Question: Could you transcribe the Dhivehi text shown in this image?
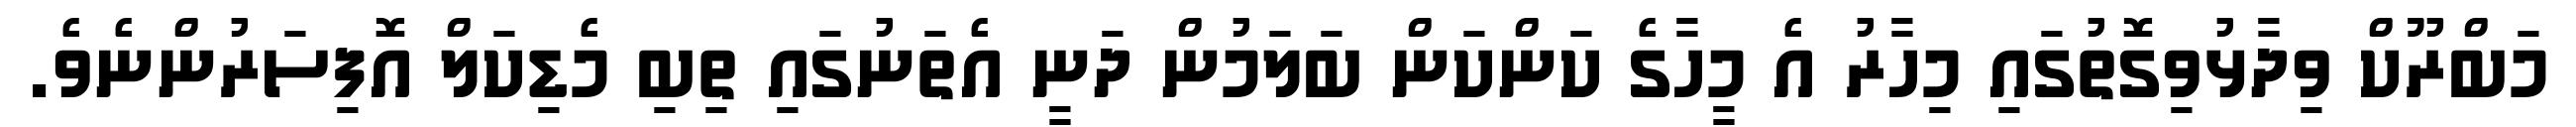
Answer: މަބްރޫކް ވިދާޅުވިގޮތުގައި މިހާރު އެ މީހާގެ ކަންކަން ބަލަމުން ދަނީ އެތަނުގައި ތިބި މެޑިކަލް އޮފިސަރުންނެވެ.